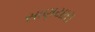
સાણયારા